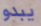
يبدو